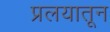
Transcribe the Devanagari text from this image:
प्रलयातून